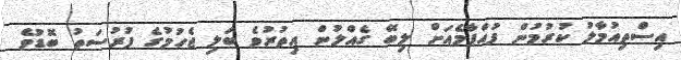
އިސްތިއުމާލު ކުރުމުން ފުއްޕާމެއަށް ލިބޭ ގެއްލުން އިތުރުވެ ބަލި ޖެހުމުގެ ފުރުސަތު ބޮޑުވެ